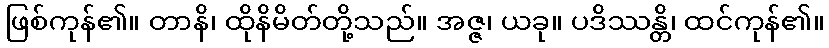
ဖြစ်ကုန်၏။ တာနိ၊ ထိုနိမိတ်တို့သည်။ အဇ္ဇ၊ ယခု။ ပဒိဿန္တိ၊ ထင်ကုန်၏။